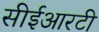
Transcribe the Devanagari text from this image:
सीईआरटी